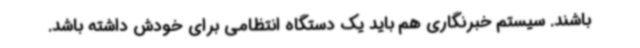
باشند. سیستم خبرنگاری هم باید یک دستگاه انتظامی برای خودش داشته باشد.